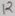
Text: 12